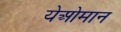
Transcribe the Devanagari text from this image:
येओमान